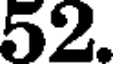
52.